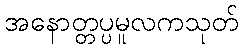
အနောတ္တပ္ပမူလကသုတ်